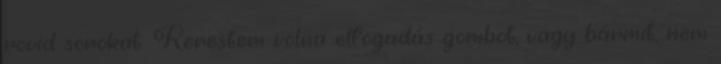
rövid sorokat. Kerestem volna elfogadás gombot, vagy bármit, nem